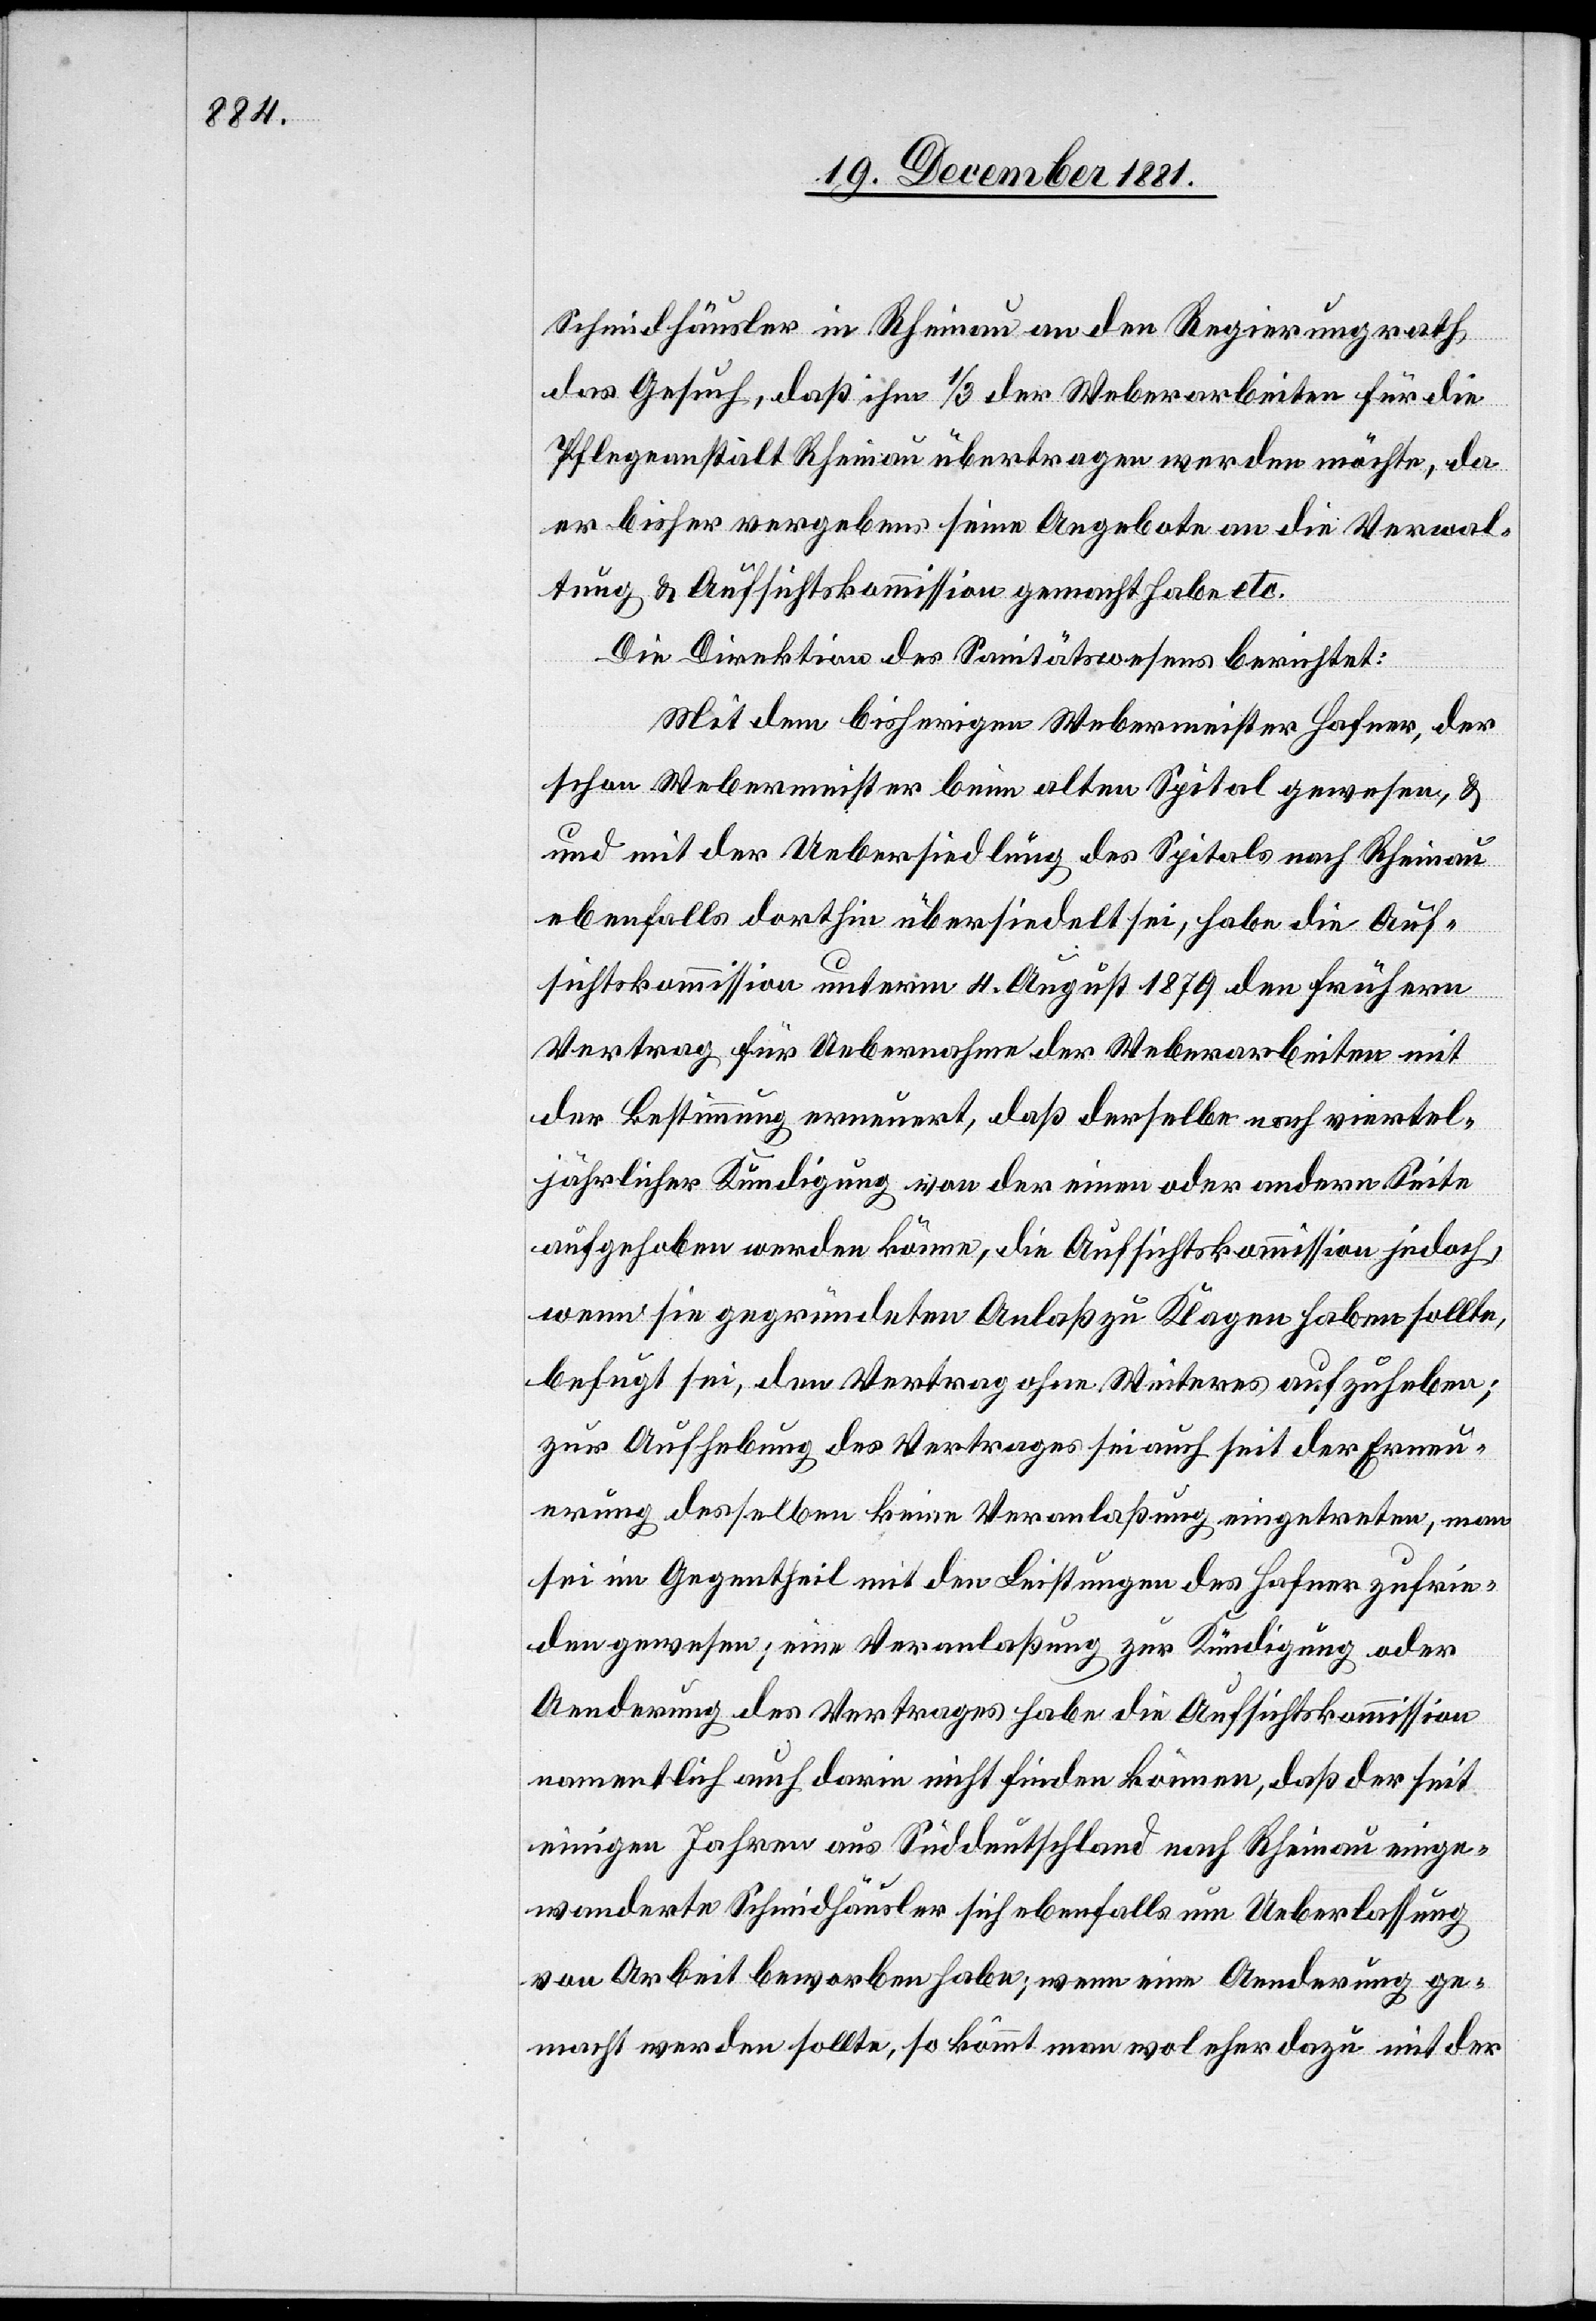
Schmidhäusler in Rheinau an den Regierungsrath
das Gesuch, daß ihm 1/3 der Weberarbeiten für die
Pflegeanstalt Rheinau übertragen werden möchte, da
er bisher vergebens seine Angebote an die Verwal¬
tung & Aufsichtskommission gemacht habe etc.
Die Direktion des Sanitätswesens berichtet:
Mit dem bisherigen Webermeister Hafner, der
schon Webermeister beim alten Spital gewesen, &
mit der Uebersiedlung des Spitals nach Rheinau
ebenfalls dorthin übersiedelt sei, habe die Auf¬
sichtskommission unterm 4. August 1879 den frühern
Vertrag für Uebernahme der Weberarbeiten mit
der Bestimmung erneuert, daß derselbe nach viertel¬
jährlicher Kündigung von der einen oder andern Seite
aufgehoben werden könne, die Aufsichtskommission jedoch,
wenn sie gegründeten Anlaß zu Klagen haben sollte,
befugt sei, den Vertrag ohne Weiteres aufzuheben;
zur Aufhebung des Vertrages sei auch seit der Erneu¬
erung desselben keine Veranlaßung eingetreten, man
sei im Gegentheil mit den Leistungen des Hafner zufrie¬
den gewesen; eine Veranlaßung zur Kündigung oder
Aenderung des Vertrages habe die Aufsichtskommission
namentlich auch darin nicht finden können, daß der seit
einigen Jahren aus Süddeutschland nach Rheinau einge¬
wanderte Schmidhäusler sich ebenfalls um Ueberlassung
von Arbeit beworben habe; wenn eine Aenderung ge¬
macht werden sollte, so kommt man wol eher dazu mit der